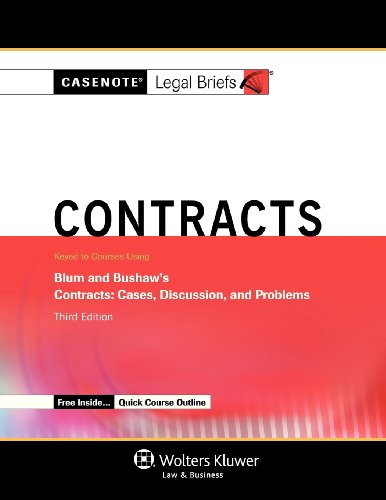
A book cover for Casenotes Legal Briefs: Contracts Keyed to Blum & Bushaw, Third Edition (Casenote Legal Briefs); Casenote Legal Briefs; Law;